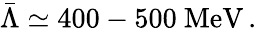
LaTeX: \bar{\Lambda}\simeq 400-500~\mathrm{MeV}\, .